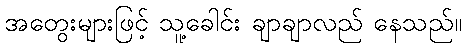
အတွေးများဖြင့် သူ့ခေါင်း ချာချာလည် နေသည်။